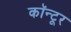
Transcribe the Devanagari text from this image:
कॉन्टूर